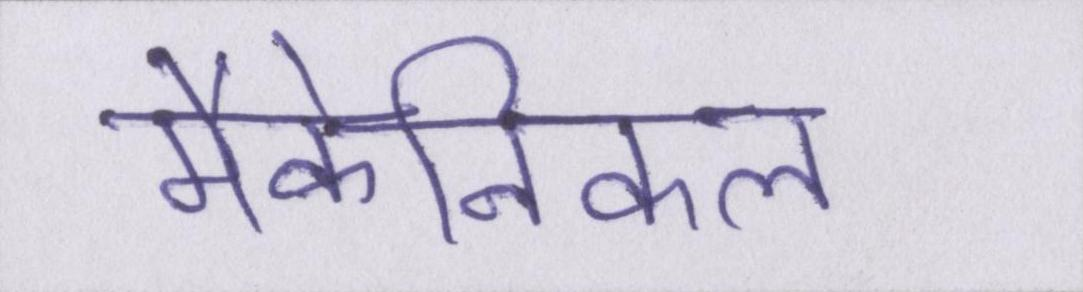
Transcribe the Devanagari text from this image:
मैकेनिकल